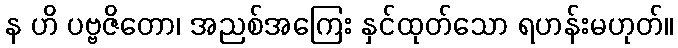
န ဟိ ပဗ္ဗဇိတော၊ အညစ်အကြေး နှင်ထုတ်သော ရဟန်းမဟုတ်။